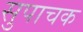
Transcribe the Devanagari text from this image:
सुपाचक